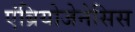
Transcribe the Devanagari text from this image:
एंब्रियोजेनेसिस